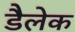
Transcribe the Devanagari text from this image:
डैलेक